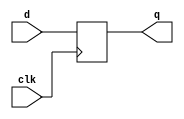
module DFF(d,clk,q);
input d;
input clk;
output reg q;

initial
  begin
    q<=0;
  end

always@(posedge clk)
  begin
    q<=d;
  end
endmodule


module DFF4bit(d,clk,q);
input [3:0]d;
input clk;
output reg [3:0]q;

initial
  begin
    q<=4'b0000;
  end
always@(posedge clk)
  begin
    q<=d;
  end
endmodule